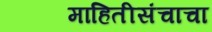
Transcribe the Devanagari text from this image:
माहितीसंचाचा